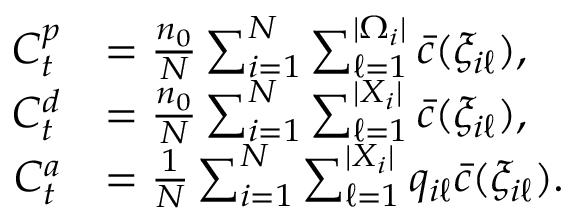
\begin{array} { r l } { C _ { t } ^ { p } } & { = \frac { n _ { 0 } } { N } \sum _ { i = 1 } ^ { N } \sum _ { \ell = 1 } ^ { | \Omega _ { i } | } \bar { c } ( \xi _ { i \ell } ) , } \\ { C _ { t } ^ { d } } & { = \frac { n _ { 0 } } { N } \sum _ { i = 1 } ^ { N } \sum _ { \ell = 1 } ^ { | X _ { i } | } \bar { c } ( \xi _ { i \ell } ) , } \\ { C _ { t } ^ { a } } & { = \frac { 1 } { N } \sum _ { i = 1 } ^ { N } \sum _ { \ell = 1 } ^ { | X _ { i } | } q _ { i \ell } \bar { c } ( \xi _ { i \ell } ) . } \end{array}